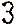
3